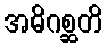
အဓိဂစ္ဆတိ